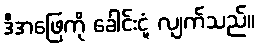
ဒီအဖြေကို ခေါင်းငုံ့ လျက်သည်။